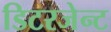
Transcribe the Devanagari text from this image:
डिटरजेन्ट